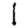
Digit: 1